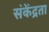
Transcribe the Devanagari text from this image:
संकेंद्रता